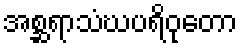
အစ္ဆရာသံဃပရိဝုတော